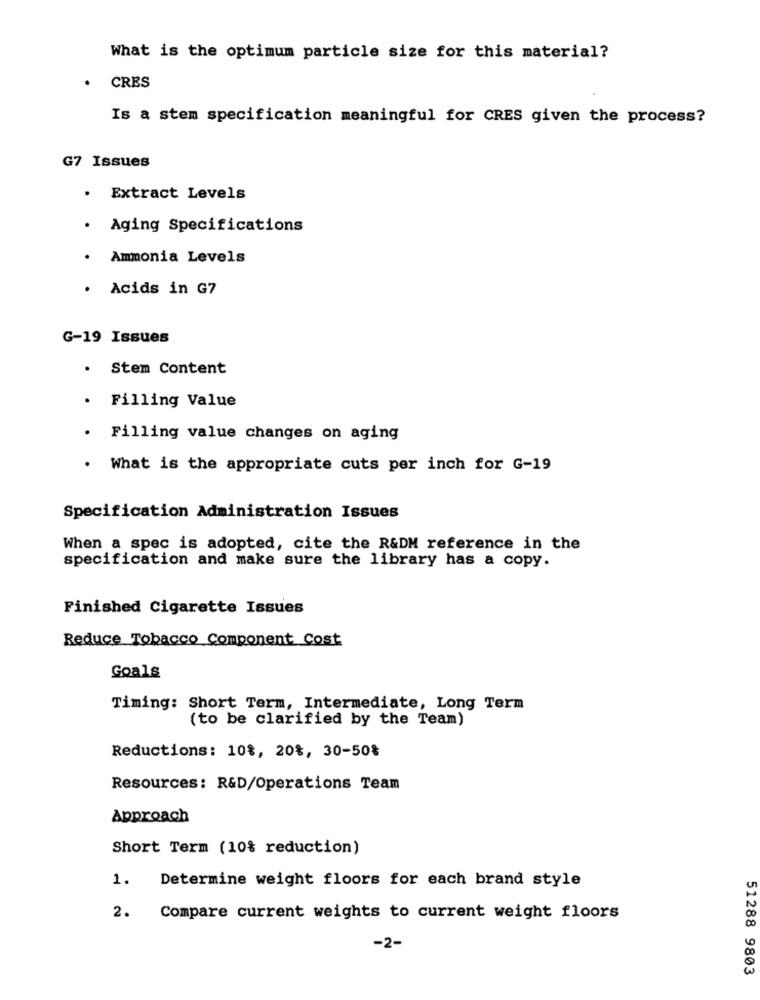
What is the optimum particle size for this material?
CRES
Is a stem specification meaningful for CRES given the process?
G7 Issues
. Extract Levels
· Aging Specifications
· Ammonia Levels
· Acids in G7
G-19 Issues
· Stem Content
· Filling Value
. Filling value changes on aging
. What is the appropriate cuts per inch for G-19
Specification Administration Issues
When a spec is adopted, cite the R&DM reference in the
specification and make sure the library has a copy.
Finished Cigarette Issues
Reduce Tobacco Component Cost
Goals
Timing: Short Term, Intermediate, Long Term
(to be clarified by the Team)
Reductions: 10%, 20%, 30-50%
Resources: R&D/Operations Team
Approach
Short Term (10% reduction)
1.
Determine weight floors for each brand style
2.
Compare current weights to current weight floors
-2-
51288 9803